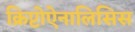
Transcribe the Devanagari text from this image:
क्रिप्टोऐनालिसिस